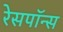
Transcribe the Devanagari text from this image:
रेसपॉन्स